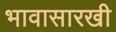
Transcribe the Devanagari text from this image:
भावासारखी